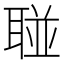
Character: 𱻼